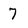
Character: 7